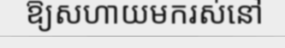
ឱ្យសហាយមករស់នៅ